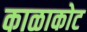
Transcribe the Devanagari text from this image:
काळाकोट